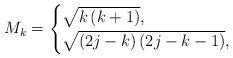
LaTeX: \begin{align*}M_k = \begin{cases} \sqrt {k\left( {k + 1} \right)}, & \\ \sqrt {\left( {2j - k} \right)\left( {2j - k - 1} \right)}, & \end{cases}\end{align*}